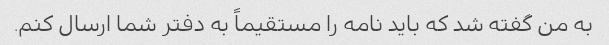
به من گفته شد که باید نامه را مستقیماً به دفتر شما ارسال کنم.